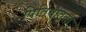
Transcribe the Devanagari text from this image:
पितिंयांतुता